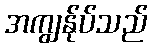
အကျွန်ုပ်သည်